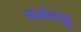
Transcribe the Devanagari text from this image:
मलेनाडू